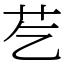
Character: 䒗